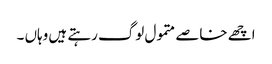
اچھے خاصے متمول لوگ رہتے ہیں وہاں ۔